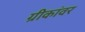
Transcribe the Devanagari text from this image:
ग्रीकांवर